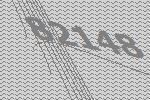
82148